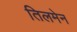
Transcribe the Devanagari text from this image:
तिलमेन